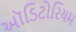
ઑડિટોરિયમ